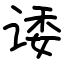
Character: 诿